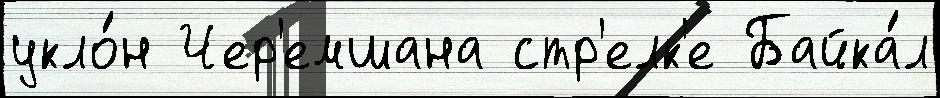
укло́н Чер'емшана стр'елк'е Байка́л